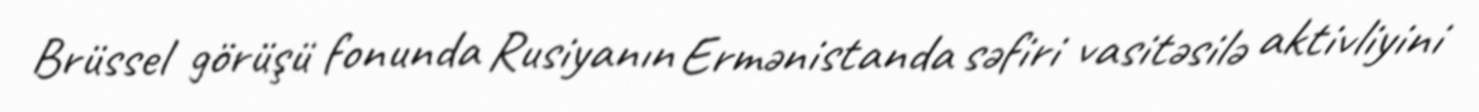
Brüssel görüşü fonunda Rusiyanın Ermənistanda səfiri vasitəsilə aktivliyini